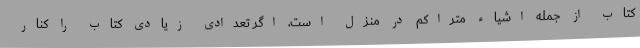
کتاب از جمله اشیاء متراکم در منزل است. اگر تعدادی زیادی کتاب را کنار